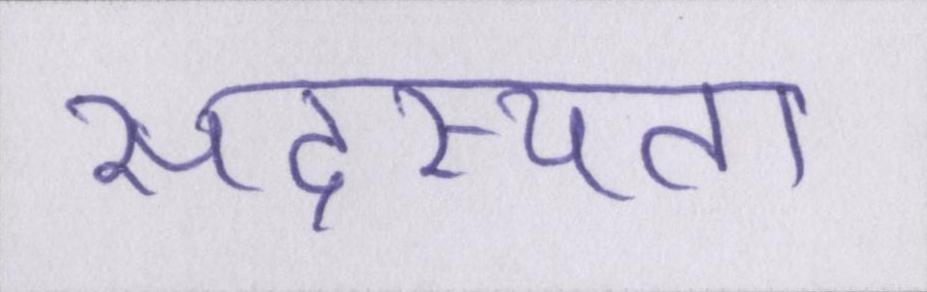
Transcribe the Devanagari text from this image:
सदस्यता